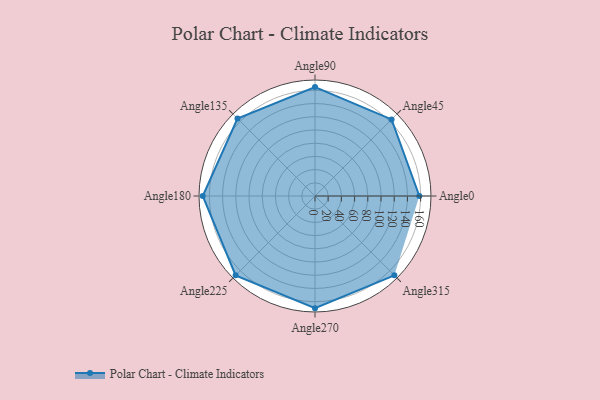
{"axis": {"x": "Angle", "y": "Radius"}, "legend": [""], "data": [{"x": "Angle0", "y": 158.0, "type": ""}, {"x": "Angle45", "y": 164.0, "type": ""}, {"x": "Angle90", "y": 165.0, "type": ""}, {"x": "Angle135", "y": 166.0, "type": ""}, {"x": "Angle180", "y": 170, "type": ""}, {"x": "Angle225", "y": 170, "type": ""}, {"x": "Angle270", "y": 170, "type": ""}, {"x": "Angle315", "y": 170, "type": ""}]}